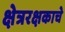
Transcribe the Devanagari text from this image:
क्षेत्ररक्षकाचे